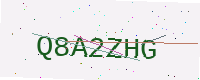
Text: Q8A2ZHG